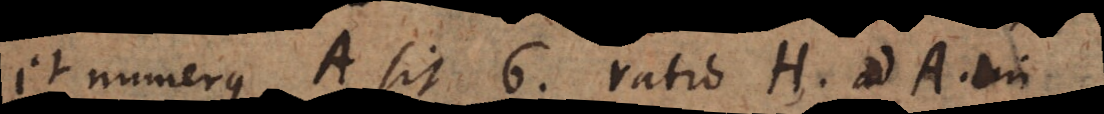
et numerus A sit 6, ratio H ad A in